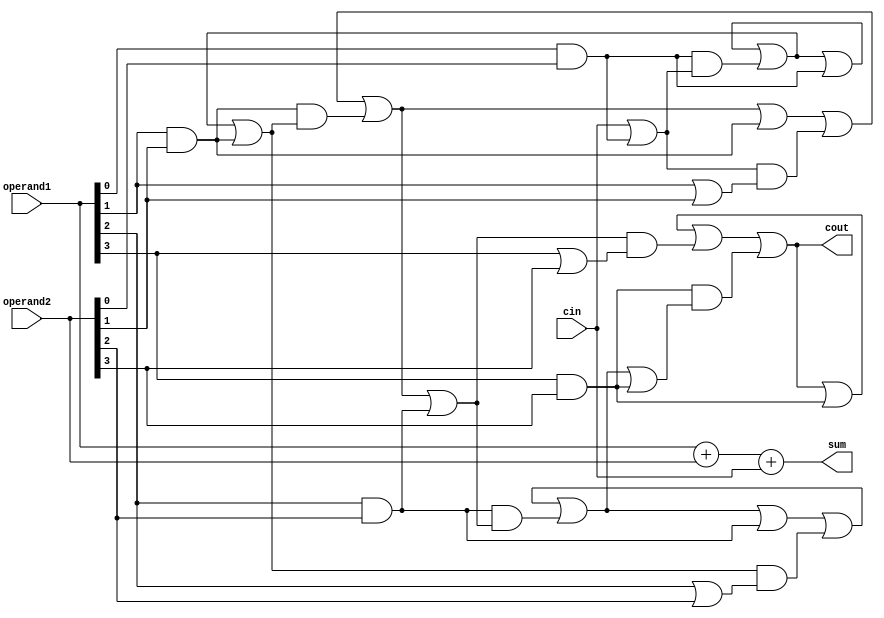
module carry_skip_lookahead_adder(
    input [3:0] operand1,
    input [3:0] operand2,
    input cin,
    output reg [3:0] sum,
    output cout
);

reg [3:0] carry;
reg [3:0] propagate;
reg [3:0] skip;
reg [3:0] lookahead;

always @(*) begin
    lookahead[0] = cin | operand1[0] & operand2[0];
    lookahead[1] = carry[0] | operand1[1] & operand2[1];
    lookahead[2] = carry[1] | operand1[2] & operand2[2];
    lookahead[3] = carry[2] | operand1[3] & operand2[3];
end

always @(*) begin
    propagate[0] = carry[0] | operand1[0] & operand2[0];
    propagate[1] = carry[1] | operand1[1] & operand2[1] | lookahead[0] & (operand1[1] | operand2[1]);
    propagate[2] = carry[2] | operand1[2] & operand2[2] | lookahead[1] & (operand1[2] | operand2[2]);
    propagate[3] = carry[3] | operand1[3] & operand2[3] | lookahead[2] & (operand1[3] | operand2[3]);
end

always @(*) begin
    skip[0] = operand1[0] & operand2[0] & lookahead[0];
    skip[1] = operand1[1] & operand2[1] & lookahead[1];
    skip[2] = operand1[2] & operand2[2] & lookahead[2];
    skip[3] = operand1[3] & operand2[3] & lookahead[3];
end

always @(*) begin
    carry[0] = propagate[0] | skip[0];
    carry[1] = propagate[1] | skip[1];
    carry[2] = propagate[2] | skip[2];
    carry[3] = propagate[3] | skip[3];
end

assign sum = operand1 + operand2 + cin;
assign cout = carry[3];

endmodule